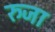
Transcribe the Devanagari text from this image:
रुजा